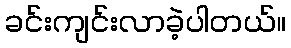
ခင်းကျင်းလာခဲ့ပါတယ်။